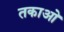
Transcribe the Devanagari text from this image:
तकाओ